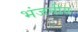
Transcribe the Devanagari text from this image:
भंजनीय